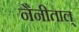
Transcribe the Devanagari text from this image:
नैनीताल्